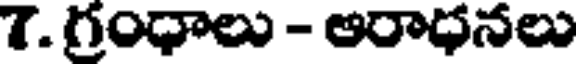
7. గ్రంధాలు - అరాధనలు